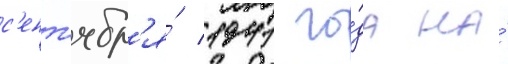
с'ент'ябр'я́ 1941 го́да на́